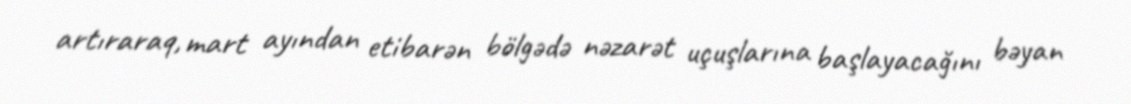
artıraraq, mart ayından etibarən bölgədə nəzarət uçuşlarına başlayacağını bəyan